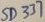
Text: SD337